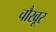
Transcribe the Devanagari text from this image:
चौखूर